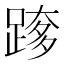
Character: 𮛰